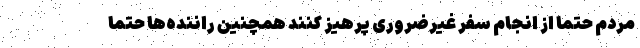
مردم حتما از انجام سفر غیرضروری پرهیز کنند همچنین راننده‌ها حتما